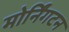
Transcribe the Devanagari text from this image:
मोर्निंगटन